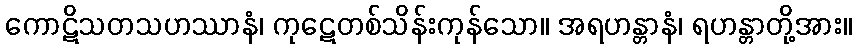
ကောဋိသတသဟဿာနံ၊ ကုဋေတစ်သိန်းကုန်သော။ အရဟန္တာနံ၊ ရဟန္တာတို့အား။